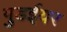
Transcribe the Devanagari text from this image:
गुडईयर